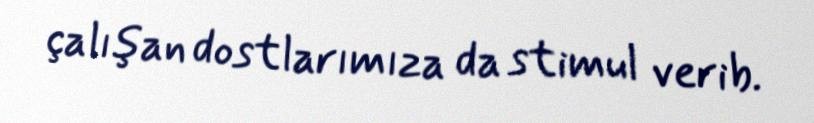
çalışan dostlarımıza da stimul verib.